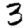
Digit: 3